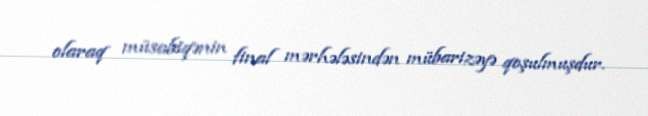
olaraq müsabiqənin final mərhələsindən mübarizəyə qoşulmuşdur.